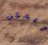
ويمكن